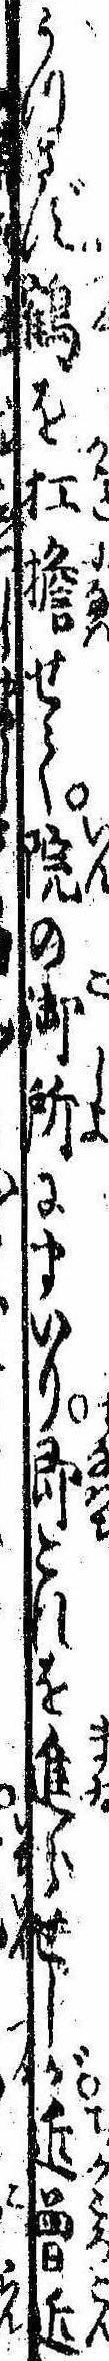
うつさず鶴を扛担せて院の御所にまいり即これを進らせしが近曽近